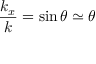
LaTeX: { \frac { k _ { x } } { k } } = \sin \theta \simeq \theta